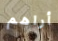
أراهم